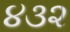
૪૩૨